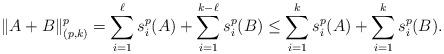
LaTeX: \begin{align*}\|A+B\|_{(p,k)}^p=\sum_{i=1}^{\ell}s_i^p(A)+\sum_{i=1}^{k-\ell}s_i^p(B)\leq \sum_{i=1}^{k}s_i^p(A)+\sum_{i=1}^{k}s_i^p(B).\end{align*}